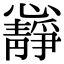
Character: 𭟝